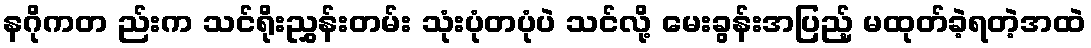
နဂိုကတ ည်းက သင်ရိုးညွှန်းတမ်း သုံးပုံတပုံပဲ သင်လို့ မေးခွန်းအပြည့် မထုတ်ခဲ့ရတဲ့အထဲ